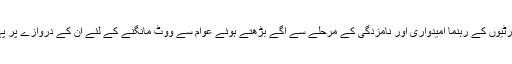
مختلف سیاسی پارٹیوں کے رہنما امیدواری اور نامزدگی کے مرحلے سے آگے بڑھتے ہوئے عوام سے ووٹ مانگنے کے لئے ان کے دروازے پر پہنچنے لگے ہیں۔